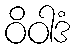
ဝိဝါဒံ